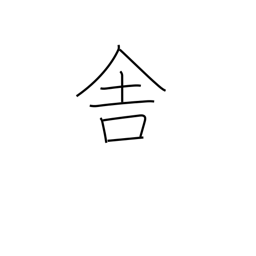
Meaning: cottage